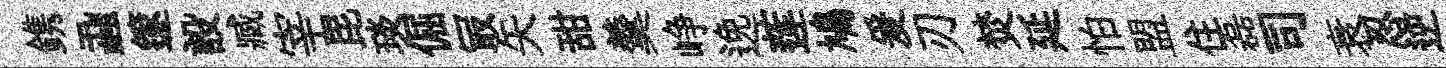
鎸蝨篴設臧宰毘琰倔冣矢甜羹峥𨓜莲鳩爰刃焚延怕盟住磊司衰忍逆